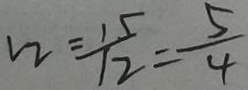
V _ { 2 } = \frac { 1 5 } { 1 2 } = \frac { 5 } { 4 }